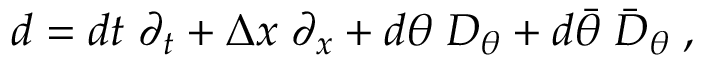
d = d t \; \partial _ { t } + \Delta x \; \partial _ { x } + d \theta \; { \cal D } _ { \theta } + d \bar { \theta } \; \bar { { \cal D } } _ { \theta } \; ,